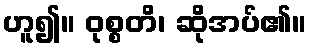
ဟူ၍။ ဝုစ္စတိ၊ ဆိုအပ်၏။